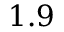
1 . 9